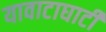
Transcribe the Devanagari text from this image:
यावाटाघाटी